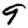
Digit: 9